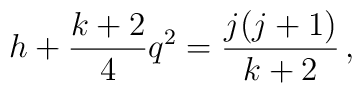
h + \frac{k+2}{4} q^2 = \frac{j(j+1)}{k+2} \,,